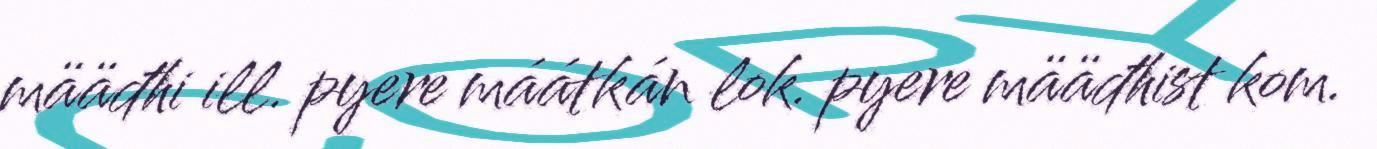
määđhi ill. pyere máátkán lok. pyere määđhist kom.